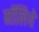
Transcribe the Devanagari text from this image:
मॉलिये